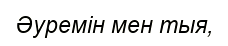
Әуремін мен тыя,